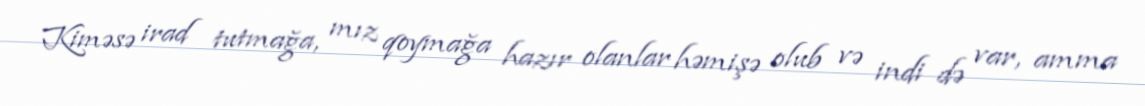
Kiməsə irad tutmağa, mız qoymağa hazır olanlar həmişə olub və indi də var, amma